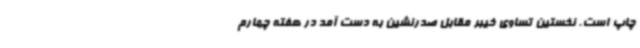
چاپ است. نخستین تساوی خیبر مقابل صدرنشین به دست آمد در هفته چهارم